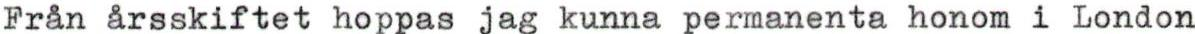
Från årsskiftet hoppas jag kunna permanenta honom i London